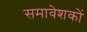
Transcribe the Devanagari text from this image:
समावेशकों